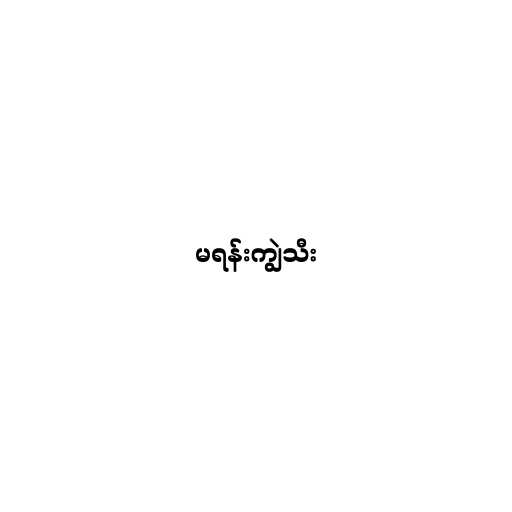
မရန်းကျွဲသီး